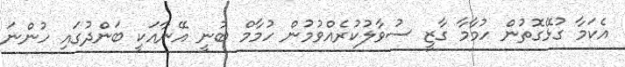
އެކަމާ ގުޅޭގޮތުން ހުމާމާ ގާޒީ ސުވާލުކުރެއްވުމުން ހުމާމް ބުނީ އޭނާއަކީ ބަންދުގައި ހުންނަ